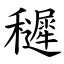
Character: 䆈